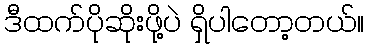
ဒီထက်ပိုဆိုးဖို့ပဲ ရှိပါတော့တယ်။